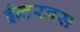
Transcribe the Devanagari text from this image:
ईन्टरनस